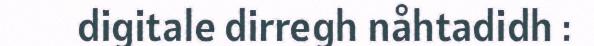
digitale dirregh nåhtadidh :